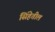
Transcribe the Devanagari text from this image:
सिंहेतील